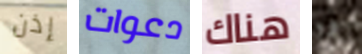
إذن دعوات هناك انه